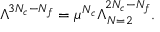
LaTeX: \Lambda ^ { 3 N _ { c } - N _ { f } } = \mu ^ { N _ { c } } \Lambda _ { N = 2 } ^ { 2 N _ { c } - N _ { f } } .